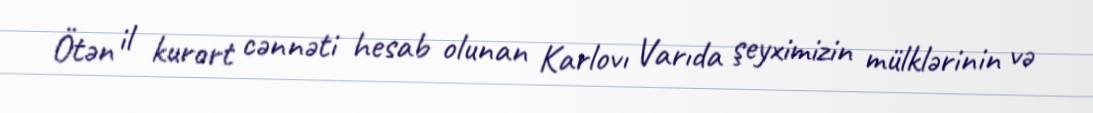
Ötən il kurort cənnəti hesab olunan Karlovı Varıda şeyximizin mülklərinin və